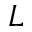
L